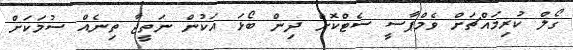
ގޯލް ކުރިމައްޗަށް ވެމްޕާސީ ސެޓްކޮށް ދިން ބޯޅަ އަކުން ނަތީޖާ ތިނެއް ސުމަކަށް